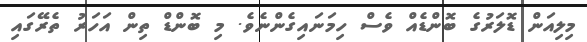
މިލިއަން ޑޮލަރުގެ ބޮންޑެއް ވެސް ހިމަނައިގެންނެވެ. މި ބޮންޑް ތިން އަހަރު ތެރޭގައި